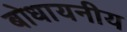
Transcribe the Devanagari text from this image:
बोधायनीय